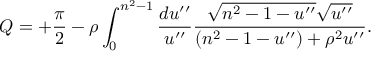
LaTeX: Q = + { \frac { \pi } { 2 } } - \rho \int _ { 0 } ^ { n ^ { 2 } - 1 } { \frac { d u ^ { \prime \prime } } { u ^ { \prime \prime } } } { \frac { \sqrt { n ^ { 2 } - 1 - u ^ { \prime \prime } } \sqrt { u ^ { \prime \prime } } } { ( n ^ { 2 } - 1 - u ^ { \prime \prime } ) + \rho ^ { 2 } u ^ { \prime \prime } } } .